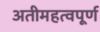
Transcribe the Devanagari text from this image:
अतीमहत्वपूर्ण